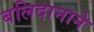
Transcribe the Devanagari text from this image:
बलिदानाने